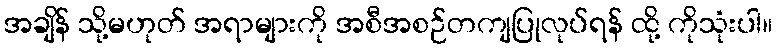
အချိန် သို့မဟုတ် အရာများကို အစီအစဉ်တကျပြုလုပ်ရန် ထို့ ကိုသုံးပါ။